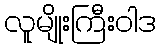
လူမျိုးကြီးဝါဒ